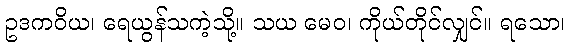
ဥဒကဝိယ၊ ရေယွန်သကဲ့သို့။ သယ မေဝ၊ ကိုယ်တိုင်လျှင်။ ရသော၊